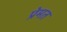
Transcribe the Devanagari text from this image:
प्रेमत